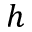
h